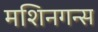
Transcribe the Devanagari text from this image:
मशिनगन्स